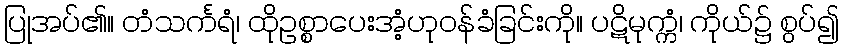
ပြုအပ်၏။ တံသင်္ကရံ၊ ထိုဥစ္စာပေးအံ့ဟုဝန်ခံခြင်းကို။ ပဋိမုက္ကံ၊ ကိုယ်၌ စွပ်၍